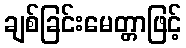
ချစ်ခြင်းမေတ္တာဖြင့်